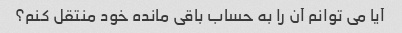
آیا می توانم آن را به حساب باقی مانده خود منتقل کنم؟